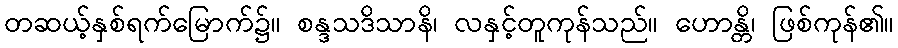
တဆယ့်နှစ်ရက်မြောက်၌။ စန္ဒသဒိသာနိ၊ လနှင့်တူကုန်သည်။ ဟောန္တိ၊ ဖြစ်ကုန်၏။